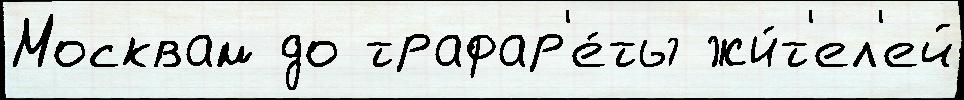
Москвам до трафар'е́ты жи́т'ел'ей